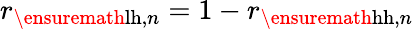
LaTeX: r_{\ensuremath{\mathrm{lh}},n}=1-r_{\ensuremath{\mathrm{hh}},n}